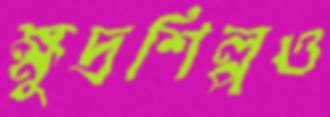
ক্ষুদ্রশিল্পও